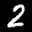
Digit: 2